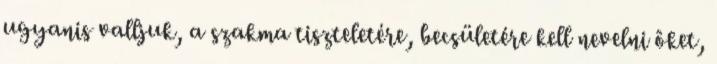
ugyanis valljuk, a szakma tiszteletére, becsületére kell nevelni ôket,